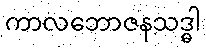
ကာလဘောဇနသဒ္ဓါ